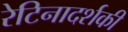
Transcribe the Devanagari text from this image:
रेटिनादर्शकी